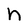
Character: n